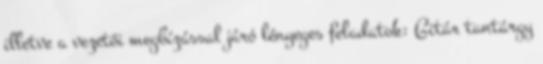
illetve a vezetői megbízással járó lényeges feladatok: Gitár tantárgy